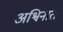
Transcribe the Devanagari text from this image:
अश्विनात